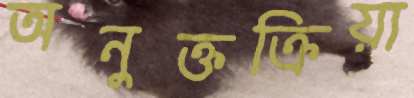
অনুক্তক্রিয়া